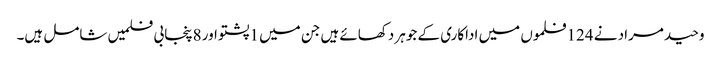
وحید مراد نے 124فلموں میں اداکاری کے جوہر دکھائے ہیں جن میں 1پشتو اور 8پنجابی فلمیں شامل ہیں۔